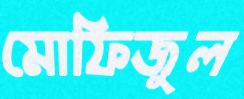
মোফিজুল